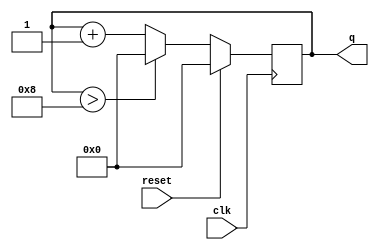
module top_module (
    input clk,
    input reset,        // Synchronous active-high reset
    output [3:0] q);

    always@(posedge clk) begin
        if(reset)
            q<=0;
        else begin
            //be carefully regarding q>8 or q>9 as this is sync block, we will have one clock delay
            //thus q>9 means we would have included 0 to 10 instead of 0 to 9
            if(q>8)
                q<=0;
            else
                q<=q+1;
        end
    end
endmodule